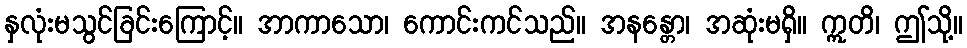
နှလုံးမသွင်ခြင်းကြောင့်။ အာကာသော၊ ကောင်းကင်သည်။ အနန္တော၊ အဆုံးမရှိ။ ဣတိ၊ ဤသို့။